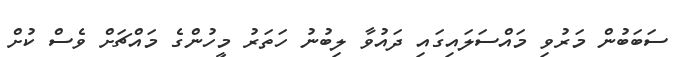
ސަބަބުން މަރުވި މައްސަލައިގައި ދައުވާ ލިބުނު ހަތަރު މީހުންގެ މައްޗަށް ވެސް ކުށް